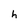
Character: h